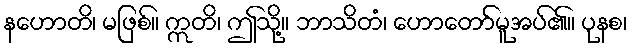
နဟောတိ၊ မဖြစ်။ ဣတိ၊ ဤသို့။ ဘာသိတံ၊ ဟောတော်မူအပ်၏။ ပုနစ၊